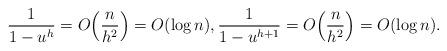
LaTeX: \begin{align*} \frac{1}{1-u^h}=O\Bigl(\frac{n}{h^2}\Bigr)=O(\log n), \frac{1}{1-u^{h+1}}=O\Bigl(\frac{n}{h^2}\Bigr)=O(\log n). \end{align*}